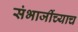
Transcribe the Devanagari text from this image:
संभाजींच्याच